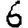
Digit: 6